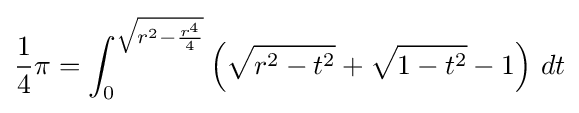
{\frac {1}{4}}\pi =\int _{0}^{\sqrt {r^{2}-{\frac {r^{4}}{4}}}}\left({\sqrt {r^{2}-t^{2}}}+{\sqrt {1-t^{2}}}-1\right)\,dt